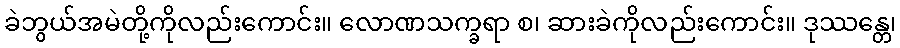
ခဲဘွယ်အမဲတို့ကိုလည်းကောင်း။ လောဏသက္ခရာ စ၊ ဆားခဲကိုလည်းကောင်း။ ဒုဿန္တေ၊